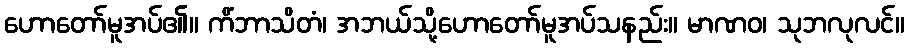
ဟောတော်မူအပ်၏။ ကိံဘာသိတံ၊ အဘယ်သို့ဟောတော်မူအပ်သနည်း။ မာဏဝ၊ သုဘလုလင်။